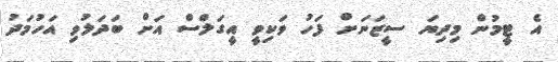
އެ ޓީމުން މިދިޔަ ސީޒަނަށް ފަހު ވަކިވީ އީގަލްސް އަށް ބަދަލުވި އަހުމަދު